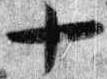
十